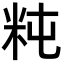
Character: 𥸵